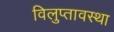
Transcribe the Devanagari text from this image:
विलुप्‍तावस्‍था